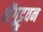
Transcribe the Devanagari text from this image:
शेंगुट्टुवन